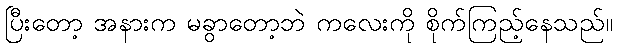
ပြီးတော့ အနားက မခွာတော့ဘဲ ကလေးကို စိုက်ကြည့်နေသည်။